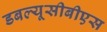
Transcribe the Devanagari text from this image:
डबल्यूसीबीएस